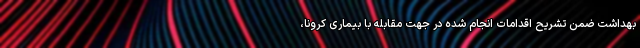
بهداشت ضمن تشریح اقدامات انجام شده در جهت مقابله با بیماری کرونا،